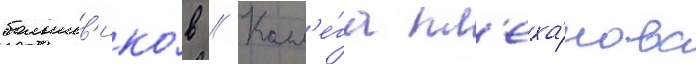
большев'ико́в // Колл'е́га пл'еха́нова